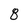
Character: 8